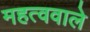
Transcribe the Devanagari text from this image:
महत्ववाले